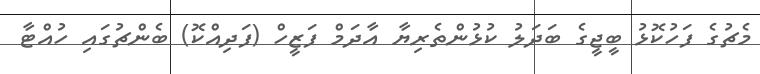
މެޗުގެ ފަހުކޮޅު ބީޖީގެ ބަދަލު ކުޅުންތެރިޔާ އާދަމް ފަޒީހް (ފަދިއްކޮ) ބެންޗުގައި ހުއްޓާ